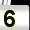
Digit: 5